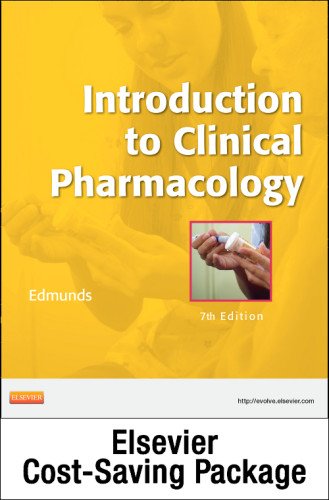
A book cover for Introduction to Clinical Pharmacology - Text and Study Guide Package, 7e; Marilyn Winterton Edmunds PhD  ANP/GNP; Medical Books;